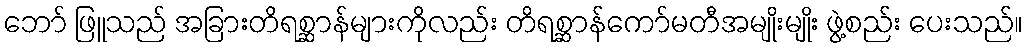
ဘော် ဖြူသည် အခြားတိရစ္ဆာန်များကိုလည်း တိရစ္ဆာန်ကော်မတီအမျိုးမျိုး ဖွဲ့စည်း ပေးသည်။